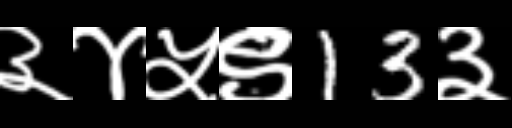
Text: ३४५९13३